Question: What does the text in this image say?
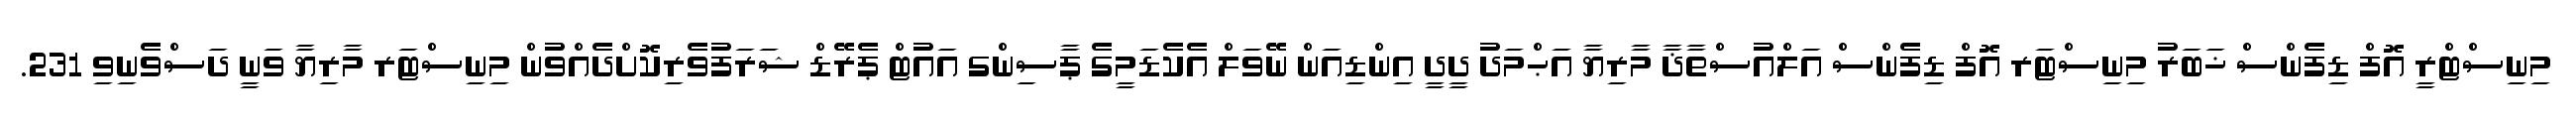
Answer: މިނިސްޓްރީ އޮފް ޑިފެންސް ޚަބަރު މިނިސްޓަރ އޮފް ޑިފެންސް އަލްއުސްތާޛާ މާރިޔާ އަޙްމަދު ދީދީ އިންޑިއަން ނޭވަލް އެކެޑަމީގެ ޕާސިންގ އައުޓް ޕެރޭޑް ޝަރަފުވެރިކޮށްދެއްވުން މިނިސްޓަރ މާރިޔާ ވަނީ ދަސްވެނިވި 231.